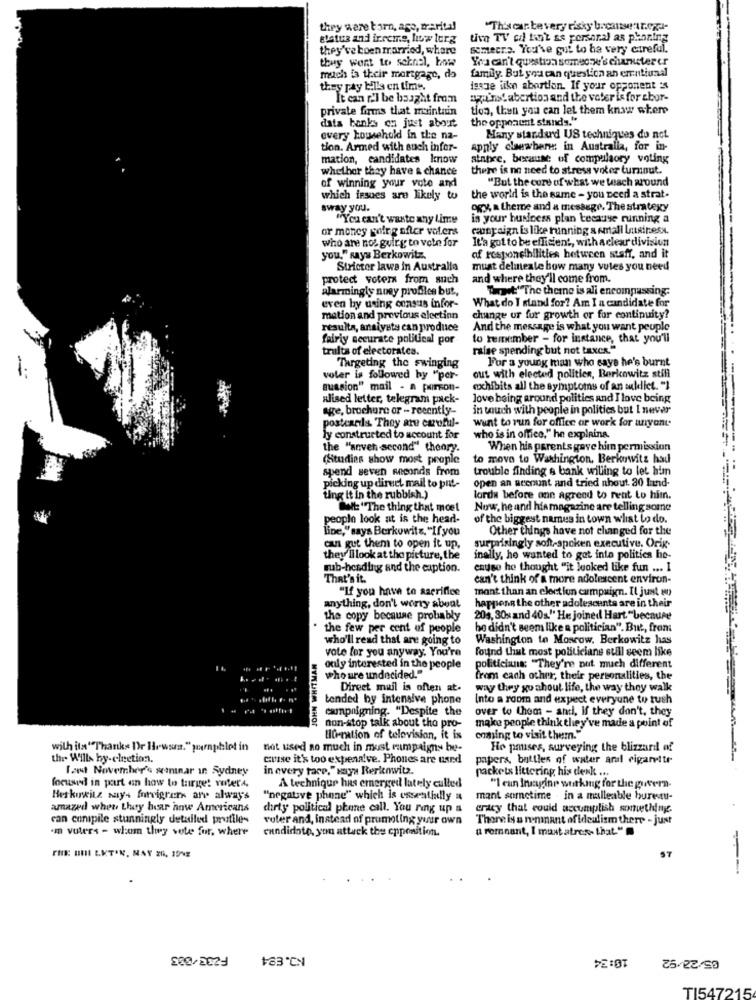
they were born, age, marital
"This can be very risky becausenaregi-
status and irreme, how lerg
tivo TV ca fait ss personal as planning
they've boen married, where
somecre. You've gul to ha very careful.
they went to soknal, kowe
You can't question somec w's characterer
much is their mortgage, do
family. But youcan question an emntiunal
they pay bills en time.
lesze like abortion. If your opponent :
It can r.l be bought from
again! abertion and the voter is for abor-
private firms that maintain
tion, then you can let them kn.www where
the oppoaunt stands."
data banks on just about
every household in the na-
Many standard US techniques do not
tion. Armed with such infor-
apply clemberi: in Australia, for in-
mation, candidates know
atnbre, because of compulsory voting
whether they have a chance
there is no need to stresa voter turnout.
"But the cure of what we teach around
of winning your vote and
which issues are likely to
the world is the same - you need a strat.
sway you.
ogy, a theme and a message. The strategy
"You can't waste any Lime
in your business plan because running a
or money going after voters
caungaign Es like running & small business.
who are nos guirg to vote for
It'a got to be efficient, with a clear division
you," says Berkowitz.
of responsibilities between staff, and it
Stricter lawe in Australia
must delineale bow many vules you need
protect voters from such
and where they'll come from.
alarmingly noey proffice but,
Tomat" The there is ali encompassing.
What do I stand for? Am I a candidate for
even by using consus infor-
mation and previous electinn
change ur for growth or for continuity?
resulta, ansiyete can produce
And the message is what you want peuple
fairly accurate political por
to remember - for instance, that you'll
trults of electoratea.
raise spending but not taxes."
For a young man who says he's burnt
"Targeting the swinging
voler is followed by "per-
out with elected politics, Berkowitz stili
suasion" mail . a person-
exhibits all the symptoms of an sullict. "}
ulised letter, telegram pack-
Jove being around politics and I love being
age, brochure or - recently-
in touch with people in politics but I never
postcarils. They are careful-
want to run for office or work for anyant.
ly constructed to account for
who is in office," he explains.
the "anven second" theory.
When his parents gave him permission
(Studies show most people
to move to Washington, Berkowitz had
spend seven seconds from
trouble finding s bank willing to let him
open an account and tried nhout. 30 land-
picking up direct mail to pitt-
ting it in the rubbish.)
lords before ann agreed to rent to him.
wit: "The thing that moet
Now, he and hismagazine are telling some
people look at is the head-
of the biggest names in town what to do.
line,"says Berkowitz, "If you
Other things have not changed for the
can gut them to open it un,
surprisingly soft-spoken executive. Orig-
they'll look at the picture, the
inally, he wanted to got into politica he-
sub-heading and the caption.
cause he thought "it looked like fun ... I
That's it.
can't think of a more adolescent environ-
"If you have to sacrifice
mont than an election campaign. Il just en
anything, don't worry about
happens the other adolescents are in their
the copy because probably
204, 30s and 40s." He joined Hart. "because
the few per cent of people
he didn't seem like a politician". But, from
who'll read that are going to
Washington to Moscow. Berkowitz has
vote for you anyway. You're
found that most politicians still seem like
only interested in the people
politicians: "They're nut much different
who ure undecided."
from each other, their personalities, the
Direct mail is often at-
way they go about life, the way they walk
tended by intensive phone
Into a room and expect everyune to tush
campaigning. "Despite the
over to them - and, if they don't, they
NYRUHM NHOT
non-stop talk about the pro-
make people think they've made a point of
Hormation of television, it is
coming to visit them."
with its""Thanks Dr Howsra." pamphlet in
not used no much in most campaigns be-
Ho pauses, surveying the blizzard of
thr Wills by-election.
cause it's too expenalve. Phones are used
papers, battles of water and cigarette
Tart November's seminar in Sydney
in every tace," says Rerkemwitz.
packets littering his denk ...
focused in part an how to target voterA.
A technique has emerged lately culled
"I can Imagine working for the guvern-
Berkowitz says forvigrers are always
"negative phone" which is essentially a
mant sometime . in a malleable bureau-
amazed when Lhety bear hnwe Americans
chirty political phone call. You ring up a
cracy that could accomplish something.
can cunipile stunningly detailed profiles
voter and, instead of promoting your own
There is a meninant ofidealism there - just
'm voters - whom they vote for, where
candidate, you attack the opposition.
u remnant, I must atres that."
ST
FRE: HIHI LKTON, MAY 20, 19NE
200/2023
TI547215